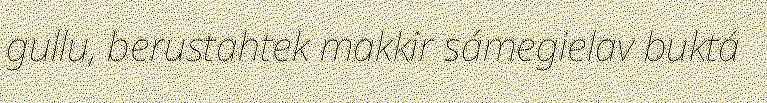
gullu, berustahtek makkir sámegielav buktá